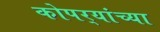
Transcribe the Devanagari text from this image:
कोपर्‍यांच्या